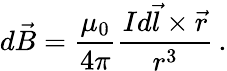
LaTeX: d{\vec{B}}={\frac{\mu_{0}}{4\pi}}{\frac{Id{\vec{l}}\times{\vec{r}}}{r^{3}}}\, .